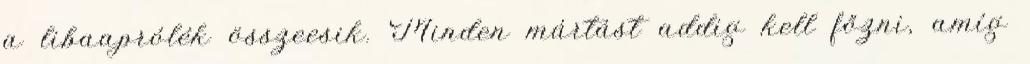
a libaaprólék összeesik. Minden mártást addig kell főzni, amíg